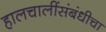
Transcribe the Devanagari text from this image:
हालचालींसंबंधीचा